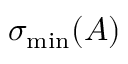
\sigma _ { \mathrm { m i n } } ( A )